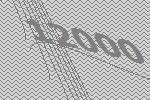
12000